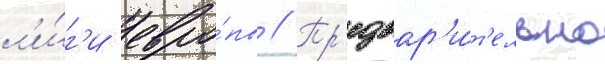
л'и́г'и евро́пы // Пр'едвар'и́т'ельно